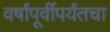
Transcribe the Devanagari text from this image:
वर्षांपूर्वीपर्यंतचा